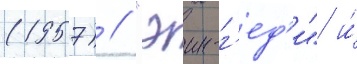
(1957) / "эин-г'ед'и" и́